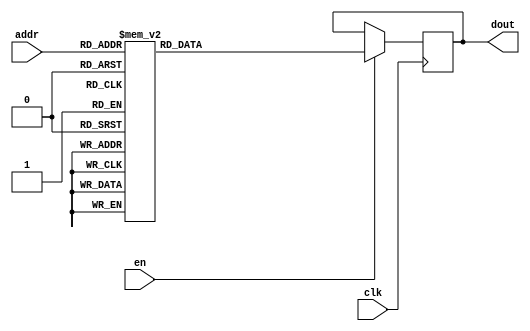
`timescale 1ns / 1ps
/*
Copyright
All right reserved.
Module Name: rom_syn
Author  : Zichuan Liu, Yixing Li and Wenye Liu.
Description:
A synthesized ROM: ROM_DEP x ROM_WID
*/
module DC_7_REF_ROM_8(
// inputs
clk,
en,
addr,
// outputs
dout
);
localparam ROM_WID = 14;
localparam ROM_DEP = 32;
localparam ROM_ADDR = 5;
// input definition
input clk;
input en;
input [ROM_ADDR-1:0] addr;
// output definition
output [ROM_WID-1:0] dout;
reg [ROM_WID-1:0] data;
always @(posedge clk)
begin
if (en) begin
case(addr)
		5'd0: data <= 14'b01000111010010;
		5'd1: data <= 14'b01000001101110;
		5'd2: data <= 14'b01001101100111;
		5'd3: data <= 14'b01001001010010;
		5'd4: data <= 14'b01001011111000;
		5'd5: data <= 14'b01000111010111;
		5'd6: data <= 14'b01000011011110;
		5'd7: data <= 14'b01000001010010;
		5'd8: data <= 14'b01001000100011;
		5'd9: data <= 14'b01001100101110;
		5'd10: data <= 14'b01001001010000;
		5'd11: data <= 14'b01000110111010;
		5'd12: data <= 14'b01001001011000;
		5'd13: data <= 14'b01001000101100;
		5'd14: data <= 14'b01001010110111;
		5'd15: data <= 14'b01000111011010;
		5'd16: data <= 14'b01001000101100;
		5'd17: data <= 14'b01000111110100;
		5'd18: data <= 14'b01001001010001;
		5'd19: data <= 14'b01001010001001;
		5'd20: data <= 14'b01000111100100;
		5'd21: data <= 14'b01001001011100;
		5'd22: data <= 14'b01000111010000;
		5'd23: data <= 14'b01000111110001;
		5'd24: data <= 14'b01001001000101;
		5'd25: data <= 14'b01001011001010;
		5'd26: data <= 14'b01001010000100;
		5'd27: data <= 14'b01000000111111;
		5'd28: data <= 14'b01001000111100;
		5'd29: data <= 14'b01000110001010;
		5'd30: data <= 14'b01001101001101;
		5'd31: data <= 14'b01001000110011;
		endcase
		end
	end
	assign dout = data;
endmodule